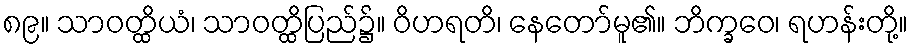
၈၉။ သာဝတ္ထိယံ၊ သာဝတ္ထိပြည်၌။ ဝိဟရတိ၊ နေတော်မူ၏။ ဘိက္ခဝေ၊ ရဟန်းတို့။